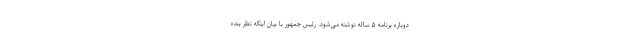
دوباره برنامه ۵ ساله نوشته می‌شود. رئیس جمهور با بیان اینکه نظر بنده